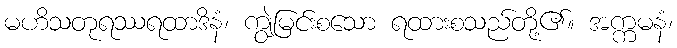
မဟိသတုရဿရထာဒိနံ၊ ကျွဲမြင်းစသော ရထားစသည်တို့၏။ အက္ကမနံ၊